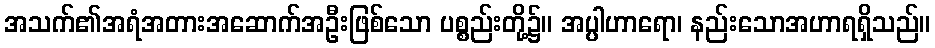
အသက်၏အရံအတားအဆောက်အဦးဖြစ်သော ပစ္စည်းတို့၌။ အပ္ပါဟာရော၊ နည်းသောအဟာရရှိသည်။